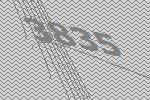
3835